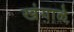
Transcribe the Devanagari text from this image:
खंगाळे